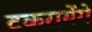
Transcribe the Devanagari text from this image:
टकरायेंगे